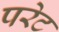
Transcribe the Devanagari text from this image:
परेट